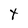
Character: t